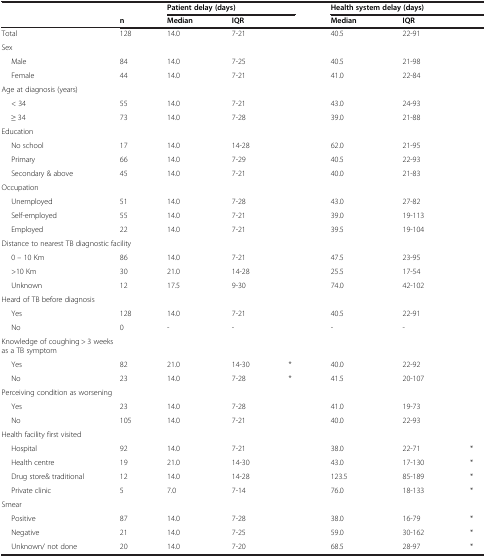
<table><thead><tr><td rowspan="2"><b> </b></td><td><b> </b></td><td colspan="3"><b>Patient delay (days)</b></td><td colspan="3"><b>Health system delay (days)</b></td></tr><tr><td><b>n</b></td><td><b>Median</b></td><td><b>IQR</b></td><td><b> </b></td><td><b>Median</b></td><td><b>IQR</b></td><td><b> </b></td></tr></thead><tbody><tr><td>Total</td><td>128</td><td>14.0</td><td>7-21</td><td> </td><td>40.5</td><td>22-91</td><td> </td></tr><tr><td>Sex</td><td> </td><td> </td><td> </td><td> </td><td> </td><td> </td><td> </td></tr><tr><td>Male</td><td>84</td><td>14.0</td><td>7-25</td><td> </td><td>40.5</td><td>21-98</td><td> </td></tr><tr><td>Female</td><td>44</td><td>14.0</td><td>7-21</td><td> </td><td>41.0</td><td>22-84</td><td> </td></tr><tr><td>Age at diagnosis (years)</td><td> </td><td> </td><td> </td><td> </td><td> </td><td> </td><td> </td></tr><tr><td>&lt; 34</td><td>55</td><td>14.0</td><td>7-21</td><td> </td><td>43.0</td><td>24-93</td><td> </td></tr><tr><td>≥ 34</td><td>73</td><td>14.0</td><td>7-28</td><td> </td><td>39.0</td><td>21-88</td><td> </td></tr><tr><td>Education</td><td> </td><td> </td><td> </td><td> </td><td> </td><td> </td><td> </td></tr><tr><td>No school</td><td>17</td><td>14.0</td><td>14-28</td><td> </td><td>62.0</td><td>21-95</td><td> </td></tr><tr><td>Primary</td><td>66</td><td>14.0</td><td>7-29</td><td> </td><td>40.5</td><td>22-93</td><td> </td></tr><tr><td>Secondary &amp; above</td><td>45</td><td>14.0</td><td>7-21</td><td> </td><td>40.0</td><td>21-83</td><td> </td></tr><tr><td>Occupation</td><td> </td><td> </td><td> </td><td> </td><td> </td><td> </td><td> </td></tr><tr><td>Unemployed</td><td>51</td><td>14.0</td><td>7-28</td><td> </td><td>43.0</td><td>27-82</td><td> </td></tr><tr><td>Self-employed</td><td>55</td><td>14.0</td><td>7-21</td><td> </td><td>39.0</td><td>19-113</td><td> </td></tr><tr><td>Employed</td><td>22</td><td>14.0</td><td>7-21</td><td> </td><td>39.5</td><td>19-104</td><td> </td></tr><tr><td colspan="4">Distance to nearest TB diagnostic facility</td><td> </td><td> </td><td> </td><td> </td></tr><tr><td>0 – 10 Km</td><td>86</td><td>14.0</td><td>7-21</td><td> </td><td>47.5</td><td>23-95</td><td> </td></tr><tr><td>&gt;10 Km</td><td>30</td><td>21.0</td><td>14-28</td><td> </td><td>25.5</td><td>17-54</td><td> </td></tr><tr><td>Unknown</td><td>12</td><td>17.5</td><td>9-30</td><td> </td><td>74.0</td><td>42-102</td><td> </td></tr><tr><td colspan="3">Heard of TB before diagnosis</td><td> </td><td> </td><td> </td><td> </td><td> </td></tr><tr><td>Yes</td><td>128</td><td>14.0</td><td>7-21</td><td> </td><td>40.5</td><td>22-91</td><td> </td></tr><tr><td>No</td><td>0</td><td>-</td><td>-</td><td> </td><td>-</td><td>-</td><td> </td></tr><tr><td colspan="4">Knowledge of coughing &gt; 3 weeks as a TB symptom</td><td> </td><td> </td><td> </td><td> </td></tr><tr><td>Yes</td><td>82</td><td>21.0</td><td>14-30</td><td>*</td><td>40.0</td><td>22-92</td><td> </td></tr><tr><td>No</td><td>23</td><td>14.0</td><td>7-28</td><td>*</td><td>41.5</td><td>20-107</td><td> </td></tr><tr><td colspan="3">Perceiving condition as worsening</td><td> </td><td> </td><td> </td><td> </td><td> </td></tr><tr><td>Yes</td><td>23</td><td>14.0</td><td>7-28</td><td> </td><td>41.0</td><td>19-73</td><td> </td></tr><tr><td>No</td><td>105</td><td>14.0</td><td>7-21</td><td> </td><td>40.0</td><td>22-93</td><td> </td></tr><tr><td colspan="2">Health facility first visited</td><td> </td><td> </td><td> </td><td> </td><td> </td><td> </td></tr><tr><td>Hospital</td><td>92</td><td>14.0</td><td>7-21</td><td> </td><td>38.0</td><td>22-71</td><td>*</td></tr><tr><td>Health centre</td><td>19</td><td>21.0</td><td>14-30</td><td> </td><td>43.0</td><td>17-130</td><td>*</td></tr><tr><td>Drug store&amp; traditional</td><td>12</td><td>14.0</td><td>14-28</td><td> </td><td>123.5</td><td>85-189</td><td>*</td></tr><tr><td>Private clinic</td><td>5</td><td>7.0</td><td>7-14</td><td> </td><td>76.0</td><td>18-133</td><td>*</td></tr><tr><td>Smear</td><td> </td><td> </td><td> </td><td> </td><td> </td><td> </td><td> </td></tr><tr><td>Positive</td><td>87</td><td>14.0</td><td colspan="2">7-28</td><td>38.0</td><td>16-79</td><td>*</td></tr><tr><td>Negative</td><td>21</td><td>14.0</td><td colspan="2">7-25</td><td>59.0</td><td>30-162</td><td>*</td></tr><tr><td>Unknown/ not done</td><td>20</td><td>14.0</td><td colspan="2">7-20</td><td>68.5</td><td>28-97</td><td>*</td></tr></tbody></table>